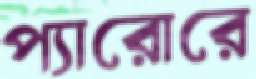
প্যারোরে